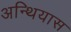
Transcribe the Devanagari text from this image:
अन्थियास